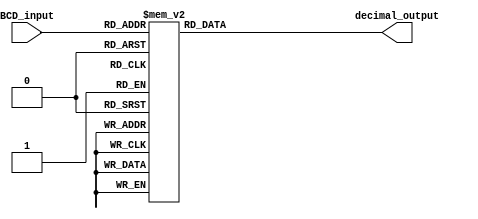
module BCD_Decoder(
    input [3:0] BCD_input,
    output reg [3:0] decimal_output
);

always @(*)
begin
    case(BCD_input)
        4'd0: decimal_output = 4'd0;
        4'd1: decimal_output = 4'd1;
        4'd2: decimal_output = 4'd2;
        4'd3: decimal_output = 4'd3;
        4'd4: decimal_output = 4'd4;
        4'd5: decimal_output = 4'd5;
        4'd6: decimal_output = 4'd6;
        4'd7: decimal_output = 4'd7;
        4'd8: decimal_output = 4'd8;
        4'd9: decimal_output = 4'd9;
        default: decimal_output = 4'bx; // Invalid BCD input
    endcase
end

endmodule